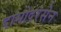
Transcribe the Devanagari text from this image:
दामोदरसेन